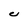
Character: C